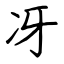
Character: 冴